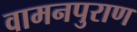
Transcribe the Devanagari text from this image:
वामनपुराण